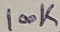
Text: 100K